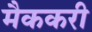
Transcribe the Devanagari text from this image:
मैककरी